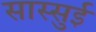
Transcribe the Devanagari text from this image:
सास्सुई